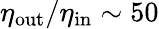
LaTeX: \eta_{\mathrm{out}}/\eta_{\mathrm{in}}\sim 50